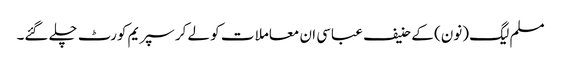
مسلم لیگ (نون) کے حنیف عباسی ان معاملا ت کو لے کر سپریم کورٹ چلے گئے۔